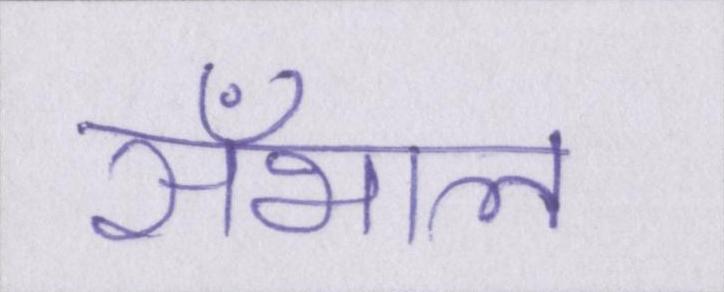
सँभाल